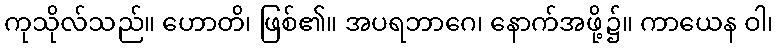
ကုသိုလ်သည်။ ဟောတိ၊ ဖြစ်၏။ အပရဘာဂေ၊ နောက်အဖို့၌။ ကာယေန ဝါ၊